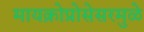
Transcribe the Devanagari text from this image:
मायक्रोप्रोसेसरमुळे